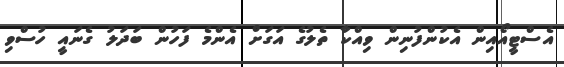
އެސްޓީއޯއިން އެކުންފުނިން ވިއްކާ ތެލުގެ އަގަށް އެންމެ ފަހުން ބަދަލު ގެނައީ ހުސްވި